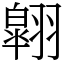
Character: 翶